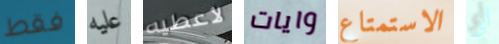
فقط عليه لأعطيه وايات الاستمتاع أي